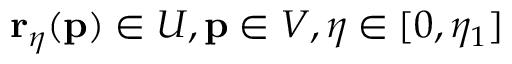
\mathbf { r } _ { \eta } ( \mathbf { p } ) \in U , \mathbf { p } \in V , \eta \in [ 0 , \eta _ { 1 } ]